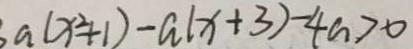
a ( x ^ { 2 } + 1 ) - a ( x + 3 ) - 4 a > 0